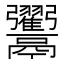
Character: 𩱲